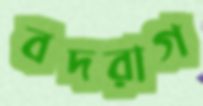
বদরাগ